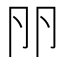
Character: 𠨖